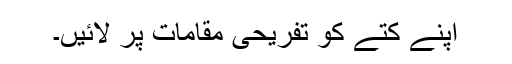
اپنے کتے کو تفریحی مقامات پر لائیں۔